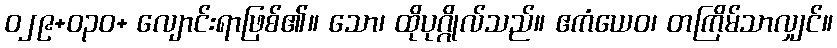
ဝ၂၉+၀၃ဝ+ လျောင်းရာဖြစ်၏။ သော၊ ထိုပုဂ္ဂိုလ်သည်။ ဧကံယေဝ၊ တကြိမ်သာလျှင်။